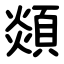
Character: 顃